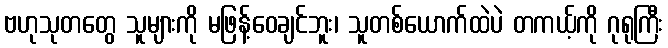
ဗဟုသုတတွေ သူများကို မဖြန့်ဝေချင်ဘူး၊ သူတစ်ယောက်ထဲပဲ တကယ့်ကို ဂုရုကြီး